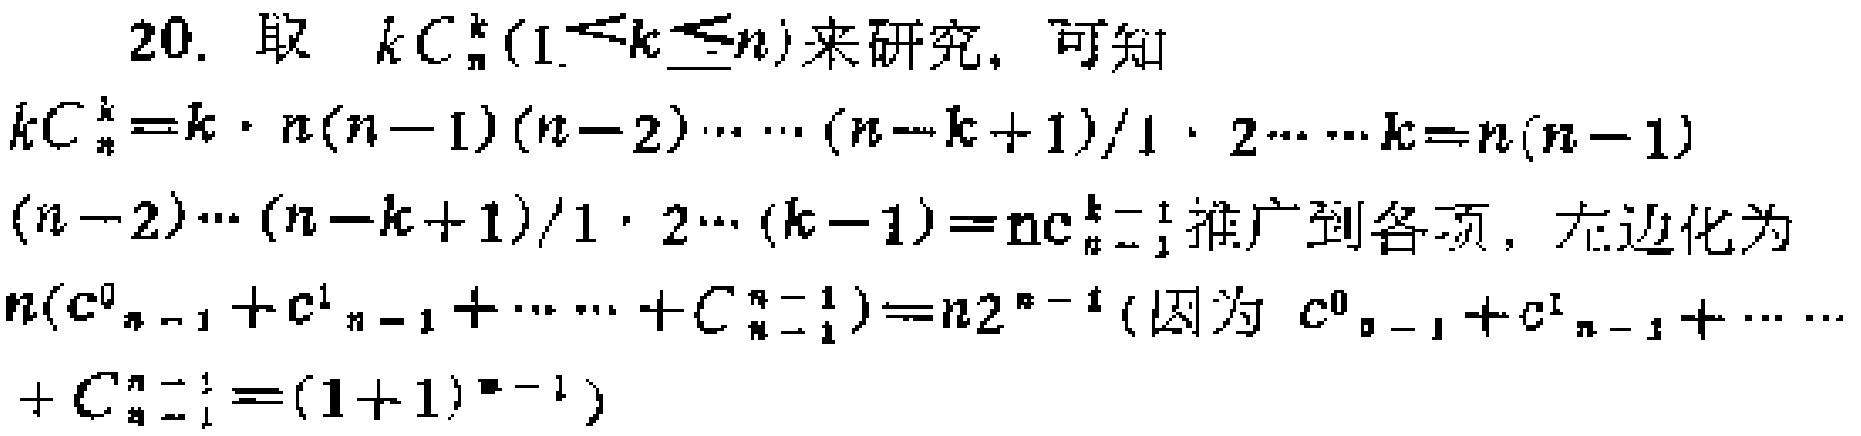
20. 取 \(kC_{n}^{k}(1\leq k\leq n)\)来研究，可知
\[
\begin{align*}
kC_{n}^{k}&=k\cdot\frac{n(n - 1)(n - 2)\cdots(n - k + 1)}{1\cdot2\cdots k}\\
&=n\frac{(n - 1)(n - 2)\cdots(n - k + 1)}{1\cdot2\cdots(k - 1)}\\
&=nC_{n - 1}^{k - 1}
\end{align*}
\]
推广到各项，左边化为 \(n(C_{n - 1}^{0}+C_{n - 1}^{1}+\cdots +C_{n - 1}^{n - 1}) = n2^{n - 1}\)（因为 \(C_{n - 1}^{0}+C_{n - 1}^{1}+\cdots +C_{n - 1}^{n - 1}=(1 + 1)^{n - 1}\)）